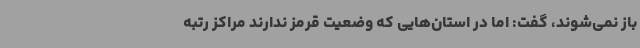
باز نمی‌شوند، گفت: اما در استان‌هایی که وضعیت قرمز ندارند مراکز رتبه